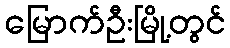
မြောက်ဦးမြို့တွင်